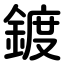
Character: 鍍